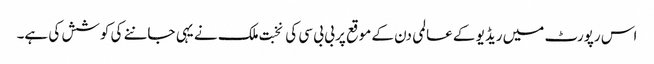
اس رپورٹ میں ریڈیو کے عالمی دن کے موقع پر بی بی سی کی نخبت ملک نے یہی جاننے کی کوشش کی ہے۔